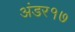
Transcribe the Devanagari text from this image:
अंडर१७